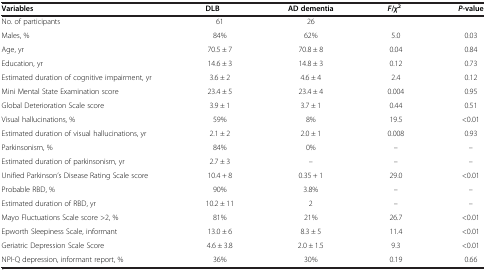
<table><thead><tr><td><b>Variables</b></td><td><b>DLB</b></td><td><b>AD dementia</b></td><td><b><i>F</i>/<i>χ</i><sup>2</sup></b></td><td><b><i>P</i>-value</b></td></tr></thead><tbody><tr><td>No. of participants</td><td>61</td><td>26</td><td></td><td></td></tr><tr><td>Males, %</td><td>84%</td><td>62%</td><td>5.0</td><td>0.03</td></tr><tr><td>Age, yr</td><td>70.5 ± 7</td><td>70.8 ± 8</td><td>0.04</td><td>0.84</td></tr><tr><td>Education, yr</td><td>14.6 ± 3</td><td>14.8 ± 3</td><td>0.12</td><td>0.73</td></tr><tr><td>Estimated duration of cognitive impairment, yr</td><td>3.6 ± 2</td><td>4.6 ± 4</td><td>2.4</td><td>0.12</td></tr><tr><td>Mini Mental State Examination score</td><td>23.4 ± 5</td><td>23.4 ± 4</td><td>0.004</td><td>0.95</td></tr><tr><td>Global Deterioration Scale score</td><td>3.9 ± 1</td><td>3.7 ± 1</td><td>0.44</td><td>0.51</td></tr><tr><td>Visual hallucinations, %</td><td>59%</td><td>8%</td><td>19.5</td><td>&lt;0.01</td></tr><tr><td>Estimated duration of visual hallucinations, yr</td><td>2.1 ± 2</td><td>2.0 ± 1</td><td>0.008</td><td>0.93</td></tr><tr><td>Parkinsonism, %</td><td>84%</td><td>0%</td><td>–</td><td>–</td></tr><tr><td>Estimated duration of parkinsonism, yr</td><td>2.7 ± 3</td><td>–</td><td>–</td><td>–</td></tr><tr><td>Unified Parkinson’s Disease Rating Scale score</td><td>10.4 + 8</td><td>0.35 + 1</td><td>29.0</td><td>&lt;0.01</td></tr><tr><td>Probable RBD, %</td><td>90%</td><td>3.8%</td><td>–</td><td>–</td></tr><tr><td>Estimated duration of RBD, yr</td><td>10.2 ± 11</td><td>2</td><td>–</td><td>–</td></tr><tr><td>Mayo Fluctuations Scale score &gt;2, %</td><td>81%</td><td>21%</td><td>26.7</td><td>&lt;0.01</td></tr><tr><td>Epworth Sleepiness Scale, informant</td><td>13.0 ± 6</td><td>8.3 ± 5</td><td>11.4</td><td>&lt;0.01</td></tr><tr><td>Geriatric Depression Scale Score</td><td>4.6 ± 3.8</td><td>2.0 ± 1.5</td><td>9.3</td><td>&lt;0.01</td></tr><tr><td>NPI-Q depression, informant report, %</td><td>36%</td><td>30%</td><td>0.19</td><td>0.66</td></tr></tbody></table>